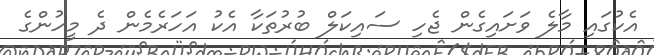
އެކުގައި މާލެ ވަށައިގެން ޖެހި ސައިކަލް ބުރުތަކާ އެކު އަހަރެމެން ދެ މީހުންގެ